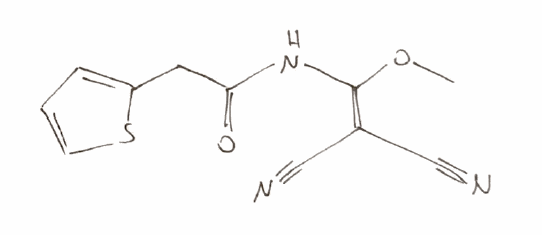
Simplified molecular-input line-entry system (SMILES) notation of the given molecule:
COC(=C(C#N)C#N)NC(=O)CC1=CC=CS1